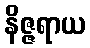
နိဇ္ဇရာယ